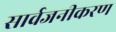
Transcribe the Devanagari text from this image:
सार्वजनीकरण